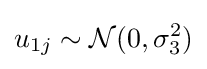
u_{1j}\sim {\mathcal {N}}(0,\sigma _{3}^{2})